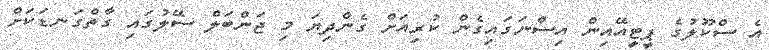
އެ ސްކޫލުގެ ޕީޓީއޭއިން އިސްނަގައިގެން ކުރިއަށް ގެންދިޔަ މި ޖަންބަލް ސޭލުގައި ގާތްގަނޑަކަށް